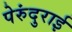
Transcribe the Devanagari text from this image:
पेरुंदुराई